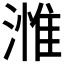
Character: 𣻰